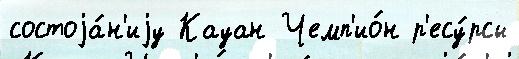
состоjа́н'иjу Кауан Чемп'ио́н р'есу́рсы